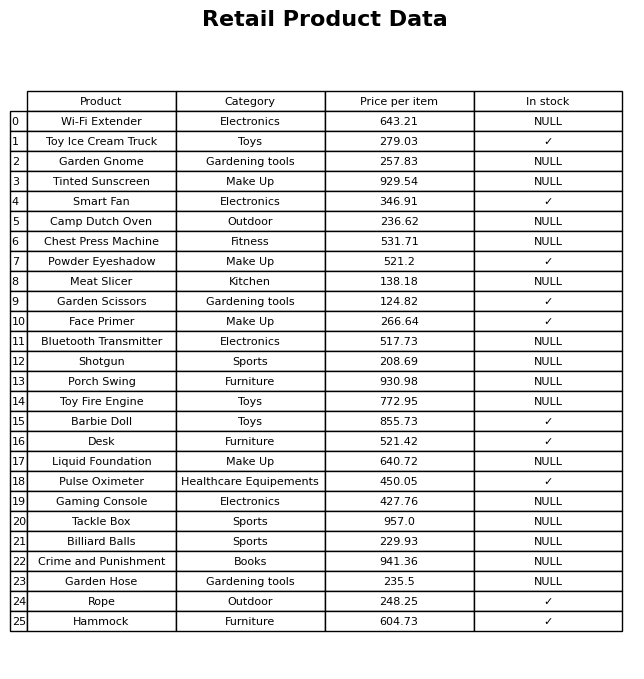
question: What is the price for Tinted Sunscreen?
answer: The price of Tinted Sunscreen is 929.54.